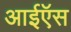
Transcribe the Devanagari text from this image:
आईऍस